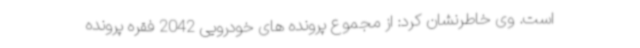
است. وی خاطرنشان کرد: از مجموع پرونده های خودرویی 2042 فقره پرونده